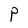
Character: P